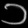
Digit: ၁